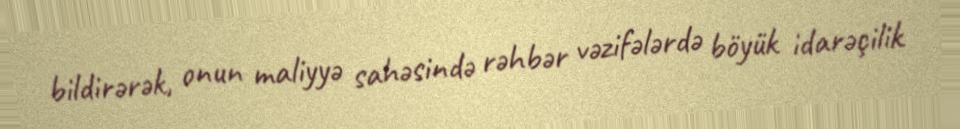
bildirərək, onun maliyyə sahəsində rəhbər vəzifələrdə böyük idarəçilik